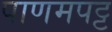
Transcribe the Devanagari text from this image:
पाणमपट्ट